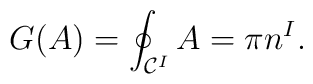
G(A)=\oint_{{\cal C}^{I}}A  =  \pi n^{I} .